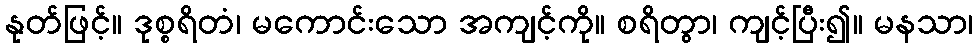
နုတ်ဖြင့်။ ဒုစ္စရိတံ၊ မကောင်းသော အကျင့်ကို။ စရိတွာ၊ ကျင့်ပြီး၍။ မနသာ၊